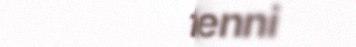
futti ienni